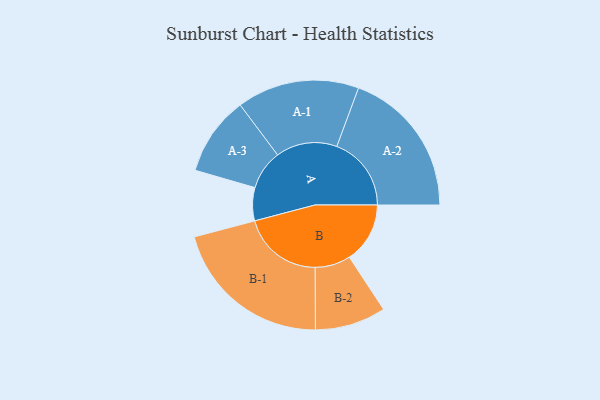
{"axis": {"x": "Segment", "y": "Value"}, "legend": ["", "A", "B"], "data": [{"x": "A", "y": 112, "type": ""}, {"x": "B", "y": 205, "type": ""}, {"x": "A-1", "y": 207, "type": "A"}, {"x": "A-2", "y": 252, "type": "A"}, {"x": "A-3", "y": 134, "type": "A"}, {"x": "B-1", "y": 273, "type": "B"}, {"x": "B-2", "y": 120, "type": "B"}]}